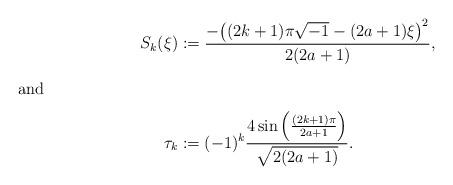
LaTeX: \begin{align*} S_k(\xi) &:= \frac{-\bigl((2k+1)\pi\sqrt{-1}-(2a+1)\xi\bigr)^2}{2(2a+1)}, \\ \intertext{and} \tau_k &:= (-1)^k\frac{4\sin\left(\frac{(2k+1)\pi}{2a+1}\right)}{\sqrt{2(2a+1)}}.\end{align*}